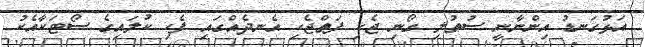
އަޅުގަނޑު އިންނާނީ ސުތުލި ގޯނި ޖެހި ފަތްޖެހި އެނދެއްގައި ފެހި ކުލައިގެ ސޯޓަކާއެކު